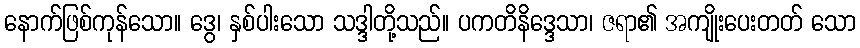
နောက်ဖြစ်ကုန်သော။ ဒွေ၊ နှစ်ပါးသော သဒ္ဒါတို့သည်။ ပကတိနိဒ္ဒေသာ၊ ဇရာ၏ အကျိုးပေးတတ် သော